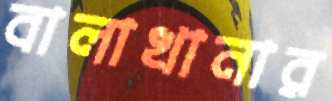
বালাখানার